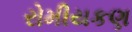
રોમીયકણ